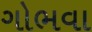
ગોભવા